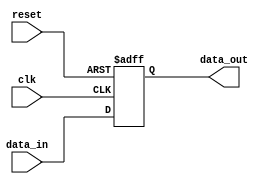
module IO_Block_Highspeed_Buffer (
  input wire clk,
  input wire reset,
  input wire [7:0] data_in,
  output wire [7:0] data_out
);

reg [7:0] buffer;

always @(posedge clk or posedge reset) begin
  if (reset) begin
    buffer <= 8'b0;
  end else begin
    buffer <= data_in;
  end
end

assign data_out = buffer;

endmodule